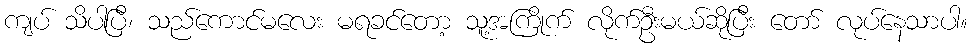
ကျပ် သိပါပြီ၊ သည်ကောင်မလေး မရခင်တော့ သူ့အကြိုက် လိုက်ဦးမယ်ဆိုပြီး တော် လုပ်နေသာပါ။